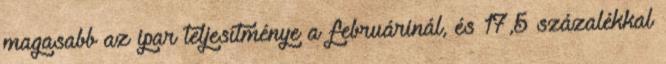
magasabb az ipar teljesítménye a februárinál, és 17,5 százalékkal